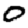
Digit: 0